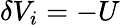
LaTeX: \delta V_{i}=-U